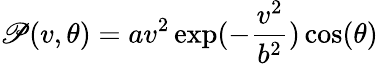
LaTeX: \mathscr{P}(v,\theta)=av^{2}\exp(-\frac{{v^{2}}}{{b^{2}}})\cos(\theta)